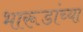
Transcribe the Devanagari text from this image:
भारूडांच्या